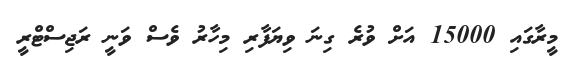
މީރާގައި 15000 އަށް ވުރެ ގިނަ ވިޔަފާރި މިހާރު ވެސް ވަނީ ރަޖިސްޓްރީ